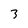
Character: 3